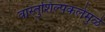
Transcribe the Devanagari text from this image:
वास्तुशिल्पकलेमुळे